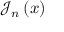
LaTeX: { \mathcal { J } } _ { n } \left( x \right)